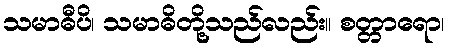
သမာဓီပိ၊ သမာဓိတို့သည်လည်း။ စတ္တာရော၊